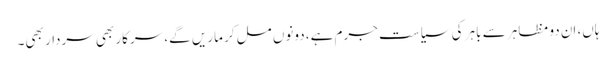
ہاں، اِن دو مظاہر سے باہر کی سیاست جرم ہے، دونوں مل کر ماریں گے، سرکار بھی سردار بھی۔